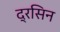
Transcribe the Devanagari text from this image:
द्रसिन